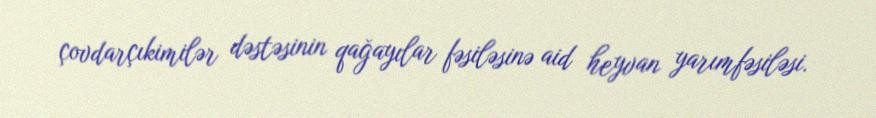
çovdarçıkimilər dəstəsinin qağayılar fəsiləsinə aid heyvan yarımfəsiləsi.